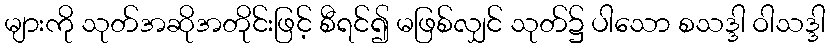
များကို သုတ်အဆိုအတိုင်းဖြင့် စီရင်၍ မဖြစ်လျှင် သုတ်၌ ပါသော စသဒ္ဒါ ဝါသဒ္ဒါ